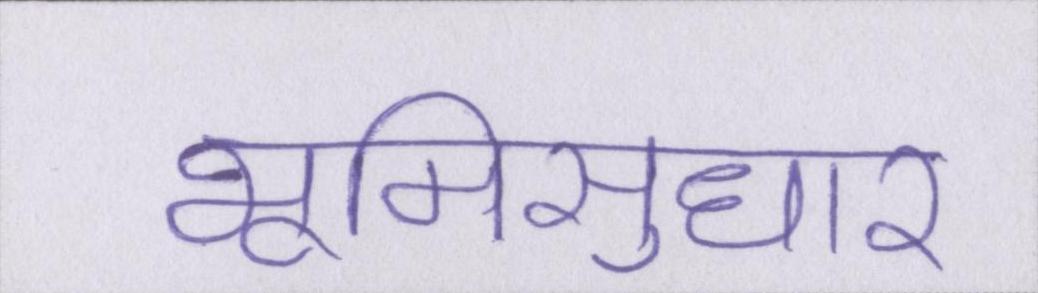
भूमिसुधार